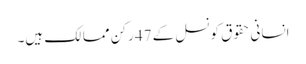
انسانی حقوق کونسل کے 47 رکن ممالک ہیں۔